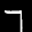
Label: 7